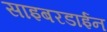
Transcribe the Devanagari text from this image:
साइबरडाईन